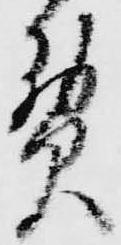
煎